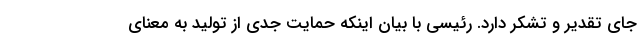
جای تقدیر و تشکر دارد. رئیسی با بیان اینکه حمایت جدی از تولید به معنای